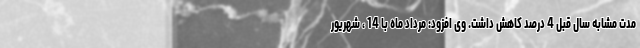
مدت مشابه سال قبل 4 درصد کاهش داشت. وی افزود: مرداد ماه با 14 ، شهریور